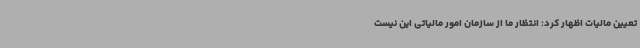
تعیین مالیات اظهار کرد: انتظار ما از سازمان امور مالیاتی این نیست